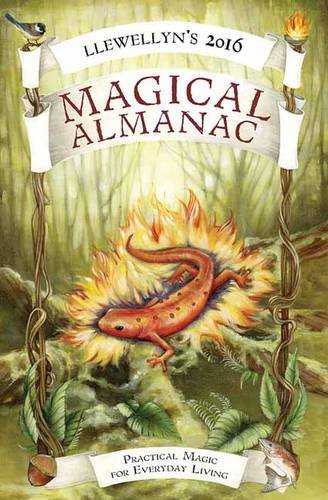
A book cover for Llewellyn's 2016 Magical Almanac: Practical Magic for Everyday Living (Llewellyn's Magical Almanac); Llewellyn; Religion & Spirituality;